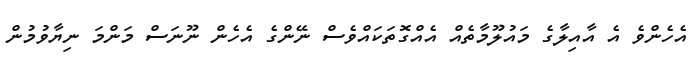
އެހެންވެ އެ އާއިލާގެ މައުލޫމާތެއް އެއްގޮތަކައްވެސް ނޭންގެ އެހެން ނޫނަސް މަންމަ ނިޔާވުމުން